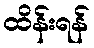
ထိန်းရန်